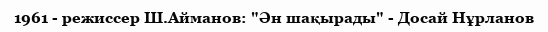
1961 - режиссер Ш.Айманов: "Ән шақырады" - Досай Нұрланов